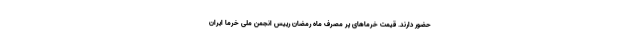
حضور دارند. قیمت خرماهای پر مصرف ماه رمضان رییس انجمن ملی خرما ایران